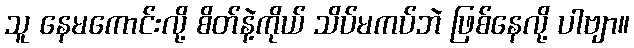
သူ နေမကောင်းလို့ စိတ်နဲ့ကိုယ် သိပ်မကပ်ဘဲ ဖြစ်နေလို့ ပါဗျာ။